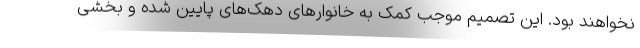
نخواهند بود. این تصمیم موجب کمک به خانوارهای دهک‌های پایین شده و بخشی